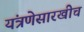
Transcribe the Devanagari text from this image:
यंत्रणेसारखीच